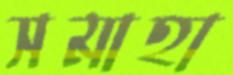
সমাহা